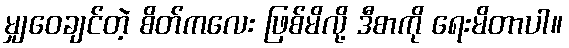
မျှဝေချင်တဲ့ စိတ်ကလေး ဖြစ်မိလို့ ဒီစာကို ရေးမိတာပါ။